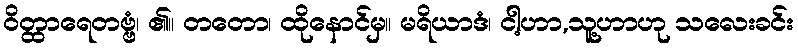
ဝိတ္ထာရေတဗ္ဗံ၊ ၏။ တတော၊ ထိုနောင်မှ။ မရိယာဒံ၊ ငါ့ဟာ,သူ့ဟာဟု သလေးခင်း